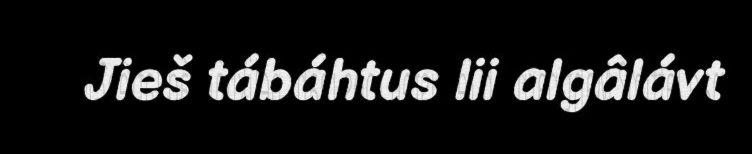
Jieš tábáhtus lii algâlávt